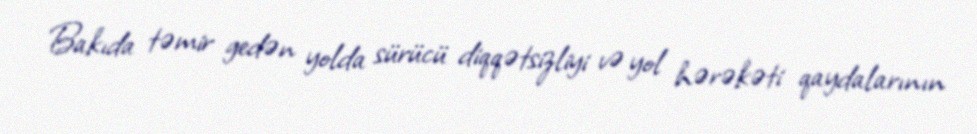
Bakıda təmir gedən yolda sürücü diqqətsizliyi və yol hərəkəti qaydalarının